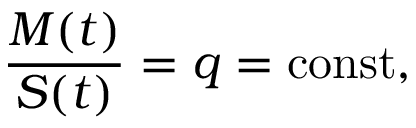
\frac { M ( t ) } { S ( t ) } = q = \mathrm { c o n s t } ,